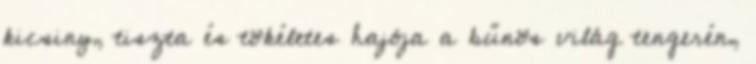
kicsiny, tiszta és tökéletes hajója a bűnös világ tengerén,